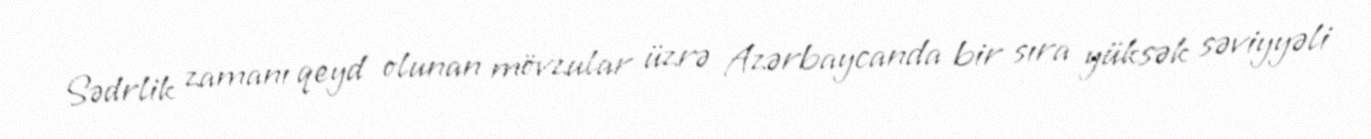
Sədrlik zamanı qeyd olunan mövzular üzrə Azərbaycanda bir sıra yüksək səviyyəli